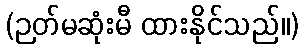
(ဉတ်မဆုံးမီ ထားနိုင်သည်။)